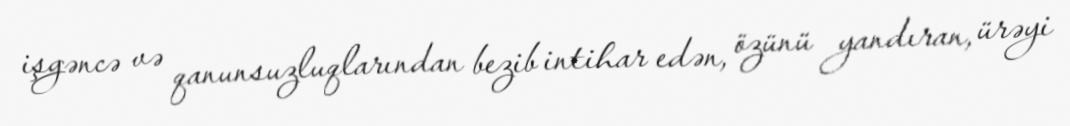
işgəncə və qanunsuzluqlarından bezib intihar edən, özünü yandıran, ürəyi